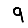
Digit: 9